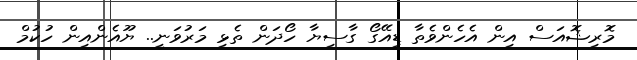
މޮރިޝޮއަސް އިން އެހެންވެތާ ޑިއޭގޯ ގާސިޔާ ހޯދަން ތެޅި މަރުވަނީ.. ޔޫއެންއިން ހުކުމް